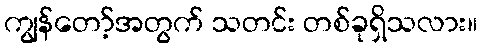
ကျွန်တော့်အတွက် သတင်း တစ်ခုရှိသလား။